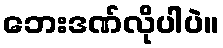
ဘေးဒဏ်လိုပါပဲ။